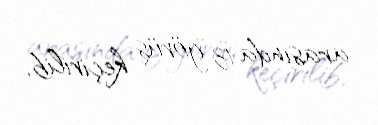
arasında 13 görüş keçirilib.